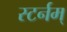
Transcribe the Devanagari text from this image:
स्टर्नम्‌